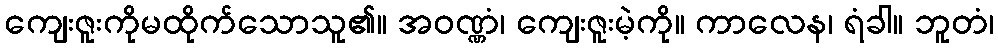
ကျေးဇူးကိုမထိုက်သောသူ၏။ အဝဏ္ဏံ၊ ကျေးဇူးမဲ့ကို။ ကာလေန၊ ရံခါ။ ဘူတံ၊